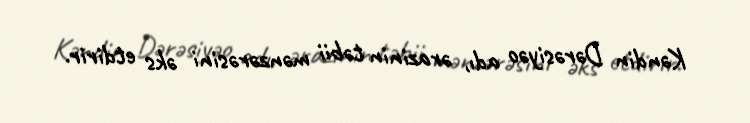
Kəndin Dərəsiyəo adı, ərazinin təbii mənzərəsini əks etdirir.